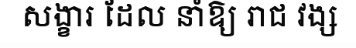
សង្ខារ ដែល នាំឱ្យ រាជ វង្ស